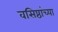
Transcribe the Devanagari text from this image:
वसिष्ठांच्या